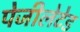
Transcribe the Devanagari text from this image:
पेजीलेटेड